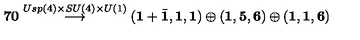
{ \bf 7 0 } \stackrel { U s p ( 4 ) \times S U ( 4 ) \times U ( 1 ) } { \longrightarrow } \left( { \bf 1 } + { \bar { \bf 1 } } , { \bf 1 } , { \bf 1 } \right) \oplus \left( { \bf 1 } , { \bf 5 } , { \bf 6 } \right) \oplus \left( { \bf 1 } , { \bf 1 } , { \bf 6 } \right)